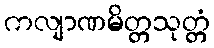
ကလျာဏမိတ္တသုတ္တံ